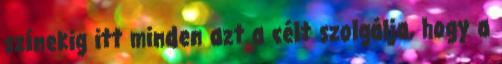
színekig itt minden azt a célt szolgálja, hogy a